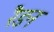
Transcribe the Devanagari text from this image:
रैडन